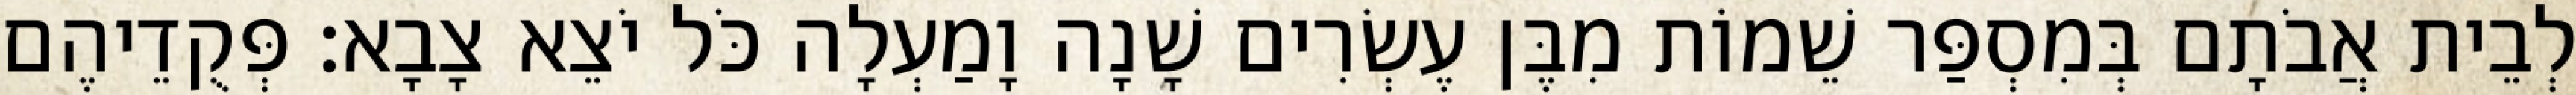
לְבֵית אֲבֹתָם בְּמִסְפַּר שֵׁמוֹת מִבֶּן עֶשְׂרִים שָׁנָה וָמַעְלָה כֹּל יֹצֵא צָבָא׃ פְּקֻדֵיהֶם